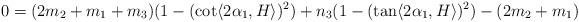
LaTeX: \begin{align*} 0=(2m_{2}+m_{1}+m_{3})(1-(\cot \langle 2\alpha_{1} , H\rangle )^{2})+n_{3}(1-(\tan \langle 2\alpha_{1}, H\rangle )^{2})-(2m_{2}+m_{1}) \end{align*}